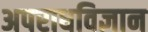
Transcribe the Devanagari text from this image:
अपराधविज्ञान